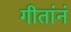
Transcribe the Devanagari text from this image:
गीतांनं